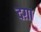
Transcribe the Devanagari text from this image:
दग़ा